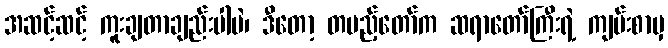
အဆင့်ဆင့် ကူးချတာချည်းပါပဲ၊ ဒီတော့ တပည့်တော်က ဆရာတော်ကြီးရဲ့ ကျမ်းစာမှ